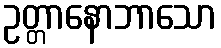
ဥတ္တာနောဘာသော